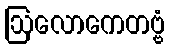
ဩလောကေတဗ္ဗံ